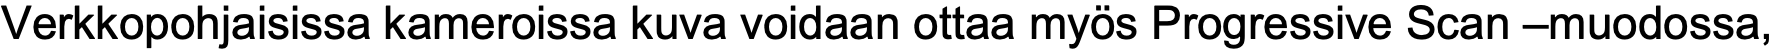
Verkkopohjaisissa kameroissa kuva voidaan ottaa myös Progressive Scan –muodossa,